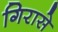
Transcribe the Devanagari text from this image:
गिरासे